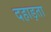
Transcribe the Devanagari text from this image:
दहाड़ता